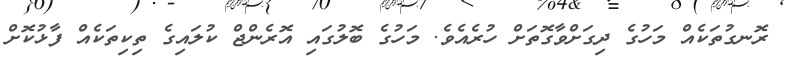
ރޮނގުތަކެއް މަހުގެ ދިގަށްވާގޮތަށް ހުރެއެވެ. މަހުގެ ބޮލުގައި އޮރެންޖް ކުލައިގެ ތިކިތަކެއް ފާޅުކޮށް